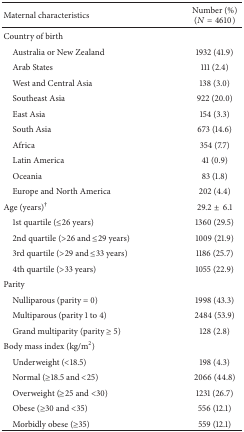
| Maternal characteristics | Number (%)(N = 4610) |
 | --- | --- |
 | Country of birth |  |
 | Australia or New Zealand | 1932 (41.9) |
 | Arab States | 111 (2.4) |
 | West and Central Asia | 138 (3.0) |
 | Southeast Asia | 922 (20.0) |
 | East Asia | 154 (3.3) |
 | South Asia | 673 (14.6) |
 | Africa | 354 (7.7) |
 | Latin America | 41 (0.9) |
 | Oceania | 83 (1.8) |
 | Europe and North America | 202 (4.4) |
 | Age (years)† | 29.2±6.1 |
 | 1st quartile (≤26 years) | 1360 (29.5) |
 | 2nd quartile (>26 and ≤29 years) | 1009 (21.9) |
 | 3rd quartile (>29 and ≤33 years) | 1186 (25.7) |
 | 4th quartile (>33 years) | 1055 (22.9) |
 | Parity |  |
 | Nulliparous (parity = 0) | 1998 (43.3) |
 | Multiparous (parity 1 to 4) | 2484 (53.9) |
 | Grand multiparity (parity ≥ 5) | 128 (2.8) |
 | Body mass index (kg/m2) |  |
 | Underweight (<18.5) | 198 (4.3) |
 | Normal (≥18.5 and <25) | 2066 (44.8) |
 | Overweight (≥25 and <30) | 1231 (26.7) |
 | Obese (≥30 and <35) | 556 (12.1) |
 | Morbidly obese (≥35) | 559 (12.1) |